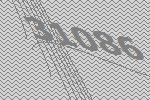
31086